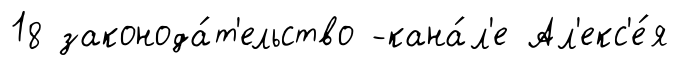
18 законода́т'ельство -кана́л'е Ал'екс'е́я